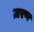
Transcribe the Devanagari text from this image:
ज़रण